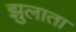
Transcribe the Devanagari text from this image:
झुलाता